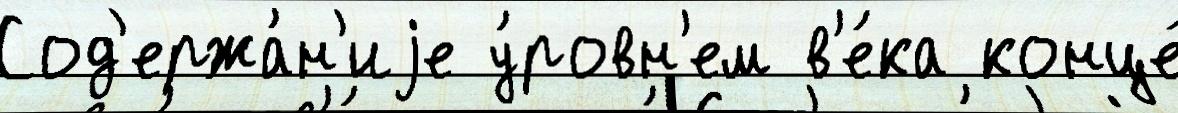
Сод'ержа́н'иjе у́ровн'ем в'е́ка конце́